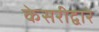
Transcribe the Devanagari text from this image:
केसरीद्वारे